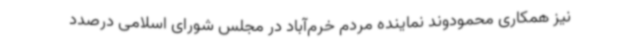
نیز همکاری محمودوند نماینده مردم خرم‌آباد در مجلس شورای اسلامی درصدد